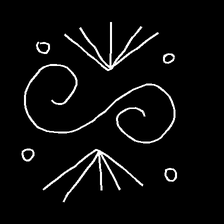
Glyph: aeroform